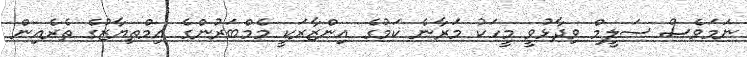
ނަމަވެސް ސަލީމް ވިދާޅުވީ މީހަކު މަރާނެ ކަމުގެ އިންޒާރަކީ މެމްބަރުންގެ އިމްތިޔާޒުގެ ތެރެއިން